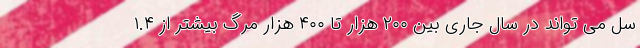
سل می تواند در سال جاری بین ۲۰۰ هزار تا ۴۰۰ هزار مرگ بیشتر از ۱.۴